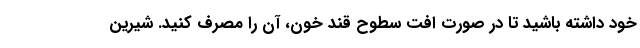
خود داشته باشید تا در صورت افت سطوح قند خون، آن را مصرف کنید. شیرین